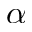
\alpha